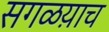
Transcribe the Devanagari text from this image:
सगळय़ाच